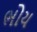
ભોય